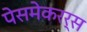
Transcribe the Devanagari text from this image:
पेसमेकरर्स